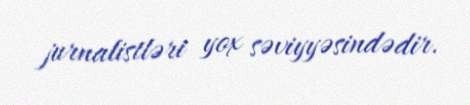
jurnalistləri yox səviyyəsindədir.